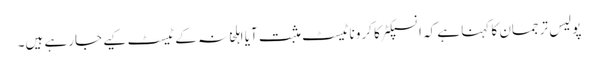
پولیس ترجمان کا کہنا ہے کہ انسپکٹر کا کروناٹیسٹ مثبت آیا اہلخانہ کے ٹیسٹ کیے جارہے ہیں۔